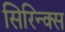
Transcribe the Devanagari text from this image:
सिरिन्क्स